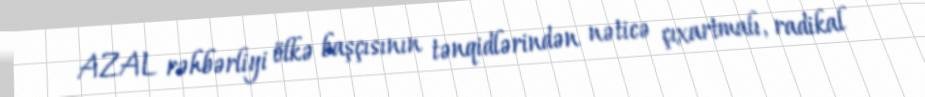
AZAL rəhbərliyi ölkə başçısının tənqidlərindən nəticə çıxartmalı, radikal